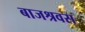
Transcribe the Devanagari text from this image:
बाजश्रवस